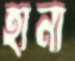
হানা